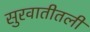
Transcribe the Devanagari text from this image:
सुरवातीतली